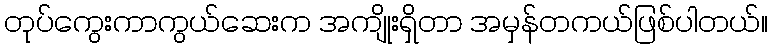
တုပ်ကွေးကာကွယ်ဆေးက အကျိုးရှိတာ အမှန်တကယ်ဖြစ်ပါတယ်။